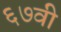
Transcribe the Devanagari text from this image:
६७वी